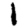
Digit: 1